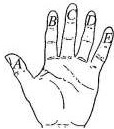
二、解答题